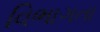
વિભાગતા